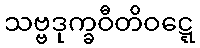
သဗ္ဗဒုက္ခဝီတိဝဋ္ဋေ